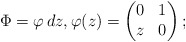
\begin{align*}\Phi = \varphi \, dz, \varphi(z)=\begin{pmatrix} 0 & 1 \\ z & 0 \end{pmatrix};\end{align*}